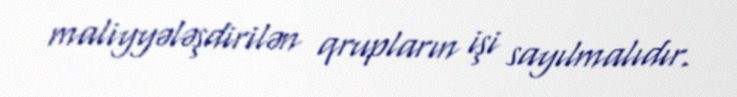
maliyyələşdirilən qrupların işi sayılmalıdır.